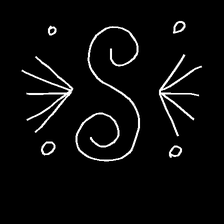
Glyph: aeroform